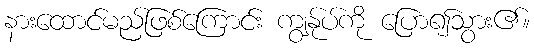
နားထောင်မည်ဖြစ်ကြောင်း ကျွန်ုပ်ကို ပြော၍သွား၏။